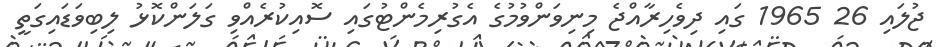
ޖުލައި 26 1965 ގައި ދިވެހިރާއްޖެ މިނިވަންވުމުގެ އެގުރިމެންޓުގައި ސޮއިކުރެއްވި ގަލަންކޮޅު ލިބިވަޑައިގަތީ